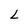
Character: L